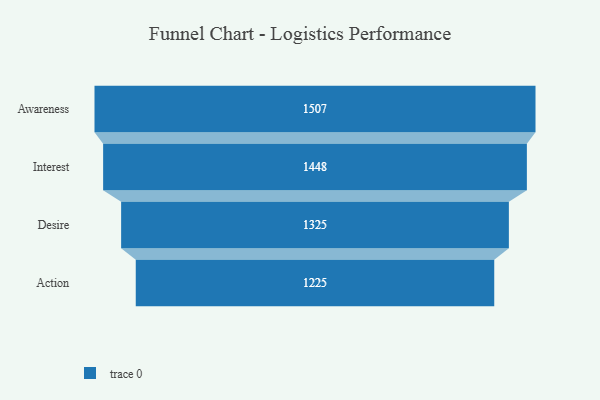
{"axis": {"x": "Stage", "y": "Value"}, "legend": [""], "data": [{"x": "Awareness", "y": 1507.0, "type": ""}, {"x": "Interest", "y": 1448.0, "type": ""}, {"x": "Desire", "y": 1325.0, "type": ""}, {"x": "Action", "y": 1225.0, "type": ""}]}